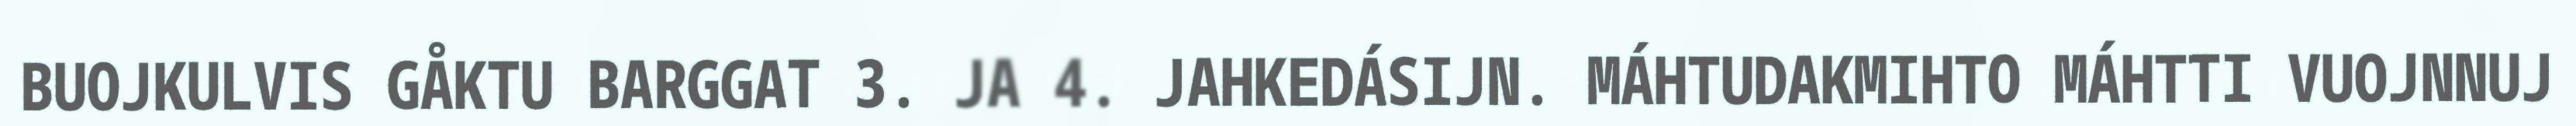
BUOJKULVIS GÅKTU BARGGAT 3. JA 4. JAHKEDÁSIJN. MÁHTUDAKMIHTO MÁHTTI VUOJNNUJ